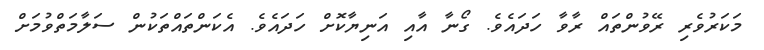
މަކަރުވެރި ރޭވުންތައް ރާވާ ހަދައެވެ. ގޯނާ އާއި އަނިޔާކޮށް ހަދައެވެ. އެކަންތައްތަކުން ސަލާމަތްވުމަށް